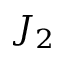
J _ { 2 }